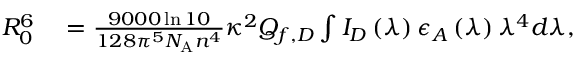
\begin{array} { r l } { R _ { 0 } ^ { 6 } } & { { } = \frac { 9 0 0 0 \ln 1 0 } { 1 2 8 \pi ^ { 5 } N _ { \mathrm { A } } n ^ { 4 } } \kappa ^ { 2 } Q _ { f , D } \int { I _ { D } \left( \lambda \right) \epsilon _ { A } \left( \lambda \right) \lambda ^ { 4 } d \lambda } , } \end{array}